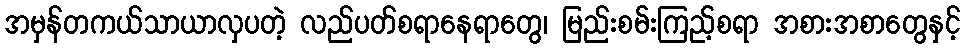
အမှန်တကယ်သာယာလှပတဲ့ လည်ပတ်စရာနေရာတွေ၊ မြည်းစမ်းကြည့်စရာ အစားအစာတွေနှင့်